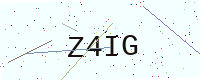
Text: Z4IG